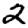
Digit: 2